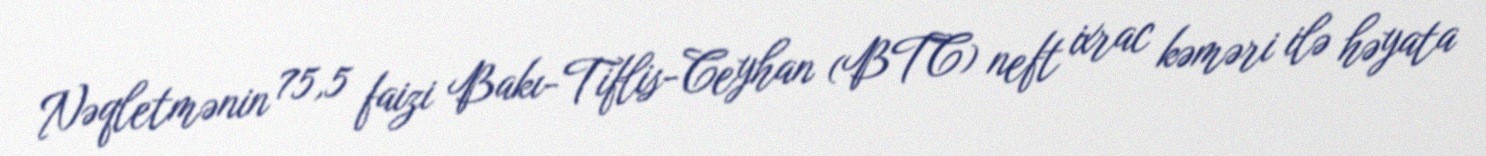
Nəqletmənin 75,5 faizi Bakı-Tiflis-Ceyhan (BTC) neft ixrac kəməri ilə həyata